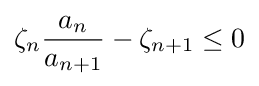
\zeta _{n}{\frac {a_{n}}{a_{n+1}}}-\zeta _{n+1}\leq 0